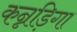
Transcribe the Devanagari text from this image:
कन्नड़िगा